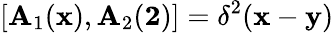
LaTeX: [\mathbf{A}_{1}({\mathbf{x}}),\mathbf{A}_{2}({\mathbf{2}})]=\delta^{2}({\mathbf{x}}-{\mathbf{y}})